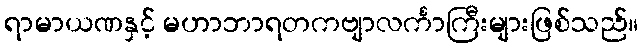
ရာမာယဏနှင့် မဟာဘာရတကဗျာလင်္ကာကြီးများဖြစ်သည်။